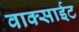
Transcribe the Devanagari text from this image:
वाक्साईट